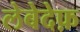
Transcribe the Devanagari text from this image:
लेबेदेफ़